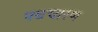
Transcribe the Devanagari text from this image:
पथचारण